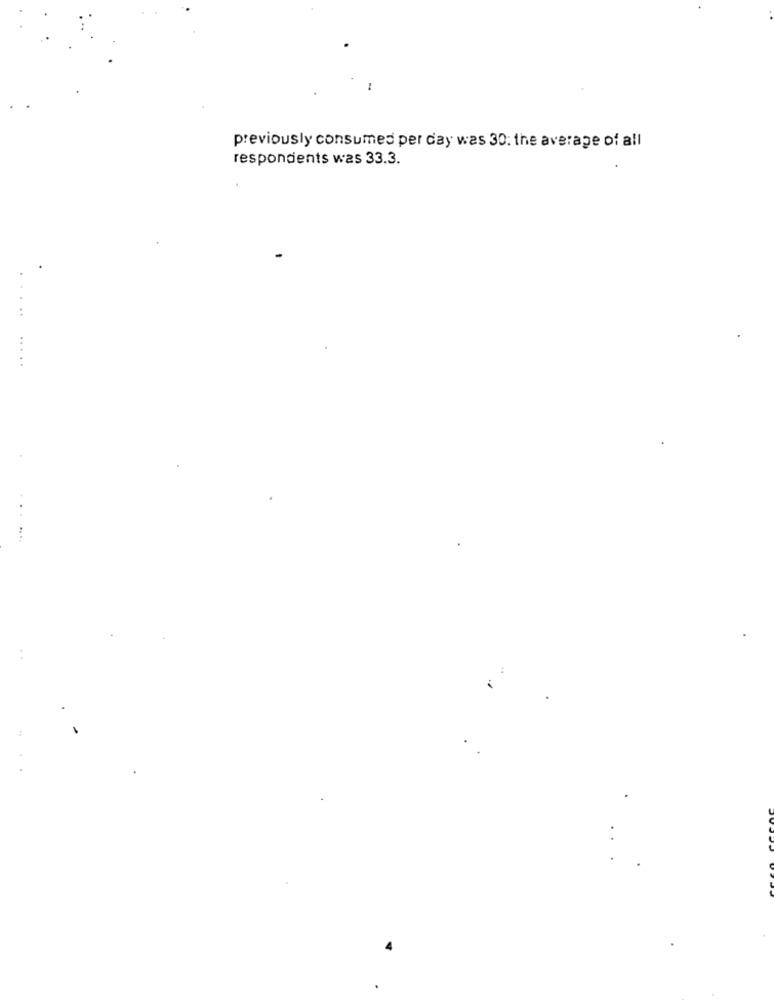
previously consumes per day was 30: the average of all
respondents was 33.3.
.....